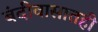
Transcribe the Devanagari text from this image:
बंदीवासातही